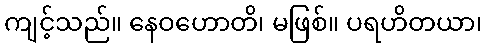
ကျင့်သည်။ နေဝဟောတိ၊ မဖြစ်။ ပရဟိတယာ၊